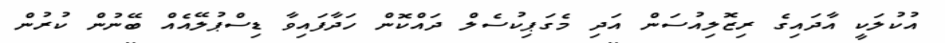
އުކުލަކީ އާދައިގެ ރިޒޮލިއުސަން އަދި މެގަޕިކުސެލް ދައްކޮން ހަދާފައިވާ ޑިސްޕުލޭއެއް ބޭނުން ކުރުން